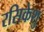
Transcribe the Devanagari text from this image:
रसिकेशु